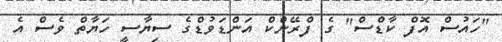
"ހައުސް އޮފް ކާޑްސް" ގެ ފްރޭންކް އަންޑަވުޑްގެ ސިޔާސީ ހަޔާތް ވެސް އެ